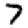
Digit: 7